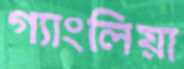
গ্যাংলিয়া